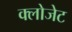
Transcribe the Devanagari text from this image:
क्लोजेट